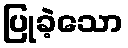
ပြုခဲ့သော